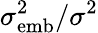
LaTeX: \sigma_{\mathrm{emb}}^{2}/\sigma^{2}